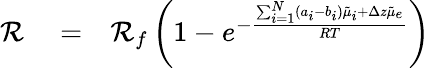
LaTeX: \begin{array}{rlr}{\mathcal{R}}&{{}=}&{\mathcal{R}_{f}\left(1-e^{-\frac{\sum_{i=1}^{N}(a_{i}-b_{i})\tilde{\mu}_{i}+\Delta z\tilde{\mu}_{e}}{RT}}\right)}\end{array}